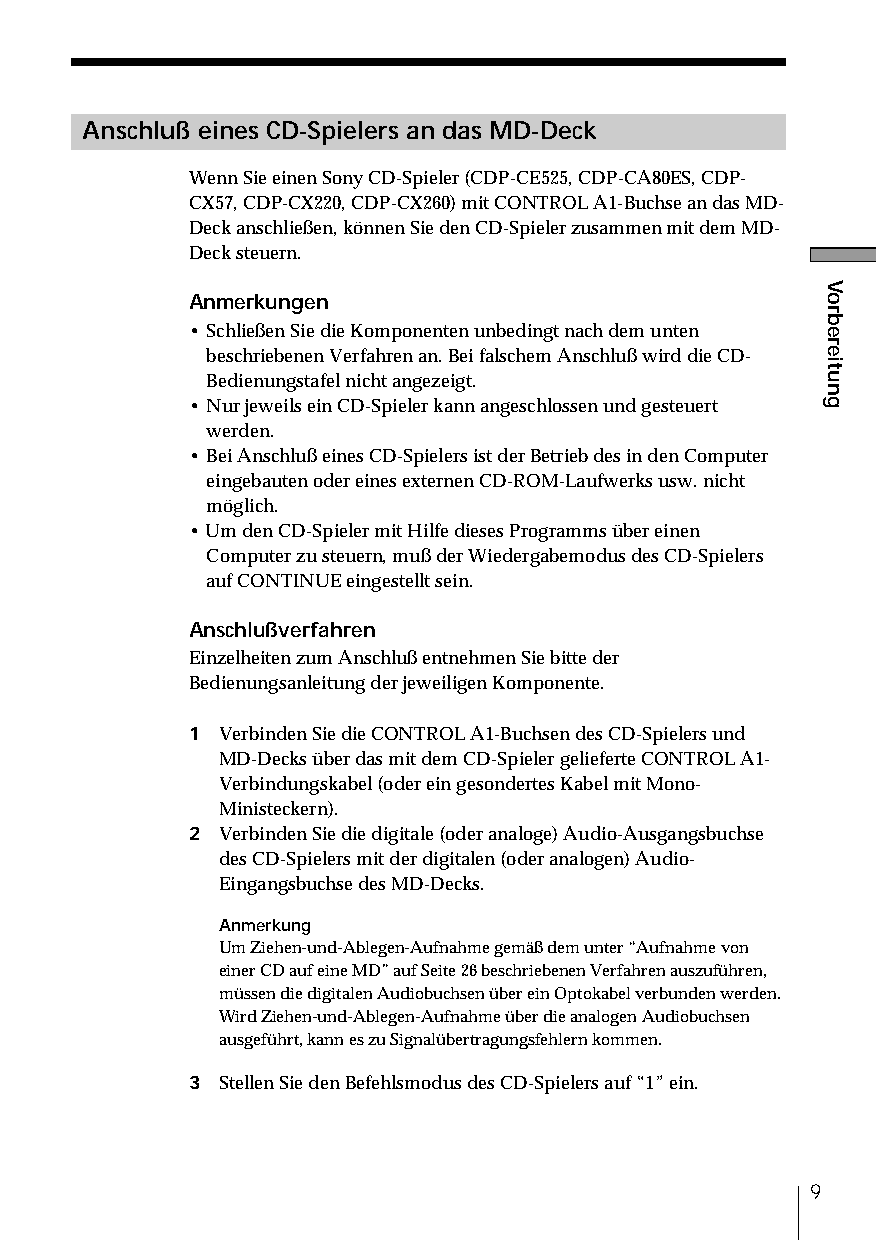
Anschluß eines CD-Spielers an das MD-Deck
 Wenn Sie einen Sony CD-Spieler (CDP-CE525, CDP-CA80ES, CDP-
 CX57, CDP-CX220, CDP-CX260) mit CONTROL A1-Buchse an das MD-
 Deck anschließen, können Sie den CD-Spieler zusammen mit dem MD-
 Deck steuern.
 Anmerkungen
 • Schließen Sie die Komponenten unbedingt nach dem unten
 beschriebenen Verfahren an. Bei falschem Anschluß wird die CD-
 Bedienungstafel nicht angezeigt.
 • Nur jeweils ein CD-Spieler kann angeschlossen und gesteuert
 werden.
 • Bei Anschluß eines CD-Spielers ist der Betrieb des in den Computer
 eingebauten oder eines externen CD-ROM-Laufwerks usw. nicht
 möglich.
 • Um den CD-Spieler mit Hilfe dieses Programms über einen
 Computer zu steuern, muß der Wiedergabemodus des CD-Spielers
 auf CONTINUE eingestellt sein.
 Anschlußverfahren
 Einzelheiten zum Anschluß entnehmen Sie bitte der
 Bedienungsanleitung der jeweiligen Komponente.
 1 Verbinden Sie die CONTROL A1-Buchsen des CD-Spielers und
 MD-Decks über das mit dem CD-Spieler gelieferte CONTROL A1-
 Verbindungskabel (oder ein gesondertes Kabel mit Mono-
 Ministeckern).
 2 Verbinden Sie die digitale (oder analoge) Audio-Ausgangsbuchse
 des CD-Spielers mit der digitalen (oder analogen) Audio-
 Eingangsbuchse des MD-Decks.
 Anmerkung
 Um Ziehen-und-Ablegen-Aufnahme gemäß dem unter “Aufnahme von
 einer CD auf eine MD” auf Seite 26 beschriebenen Verfahren auszuführen,
 müssen die digitalen Audiobuchsen über ein Optokabel verbunden werden.
 Wird Ziehen-und-Ablegen-Aufnahme über die analogen Audiobuchsen
 ausgeführt, kann es zu Signalübertragungsfehlern kommen.
 3 Stellen Sie den Befehlsmodus des CD-Spielers auf “1” ein.
 9
 Vorbereitung